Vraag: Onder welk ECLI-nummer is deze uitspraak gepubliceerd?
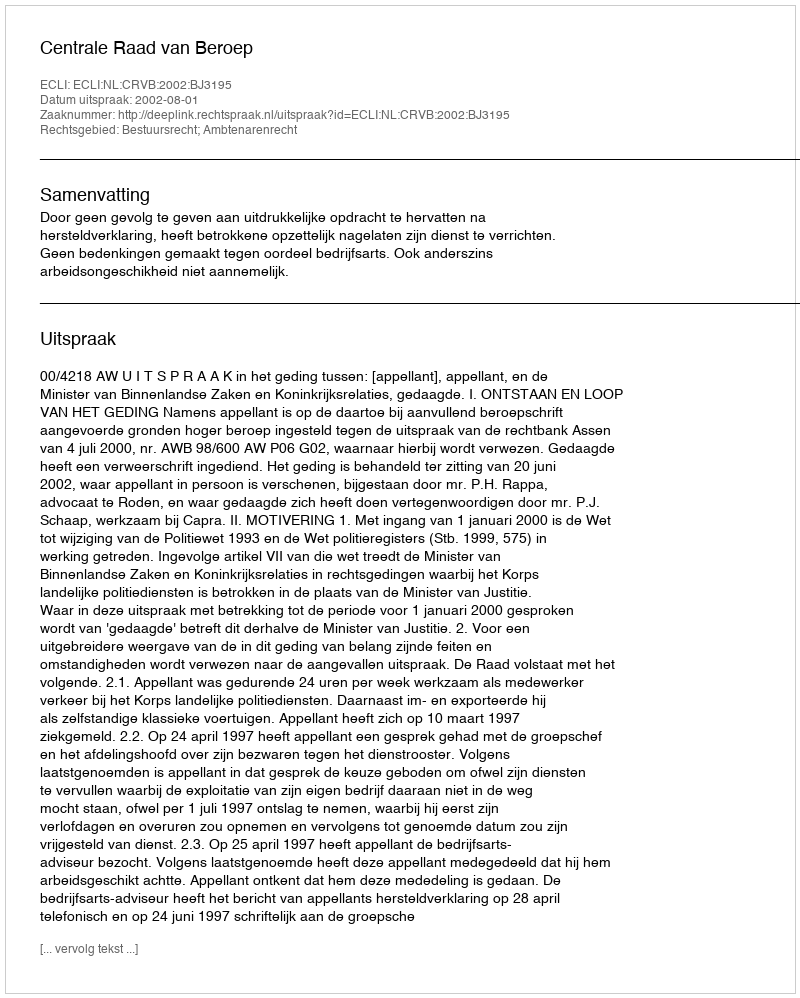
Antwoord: ECLI:NL:CRVB:2002:BJ3195